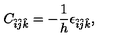
C _ { \hat { i } \hat { j } \hat { k } } = - \frac { 1 } { h } \epsilon _ { \hat { i } \hat { j } \hat { k } } ,